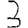
Digit: 3